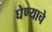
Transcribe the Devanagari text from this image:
घेण्‍याचे